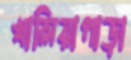
খালিয়াপাড়া